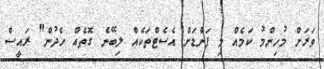
ވަރަށް މުހިންމު ކަމެއް މި ފަންޑަށް އެސެޓްތަކެއް ލިބޭނެ ގޮތެއް ހެދުން" ރައީސް